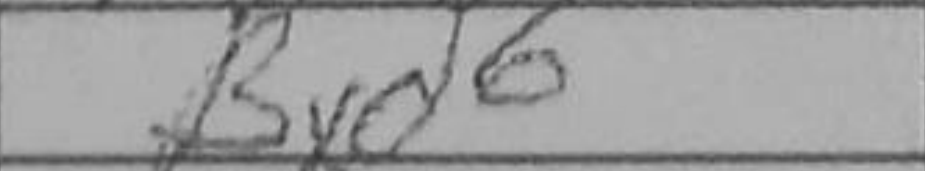
Transcription: Bxd6